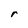
Character: r